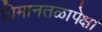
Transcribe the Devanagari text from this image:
विमानतळापेक्षा